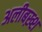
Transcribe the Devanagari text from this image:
अलीबख़्श